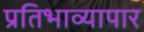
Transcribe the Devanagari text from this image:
प्रतिभाव्यापार